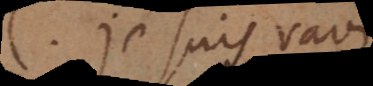
C. Je suis ravi